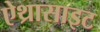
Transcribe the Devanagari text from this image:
ऐथ्रासाइट